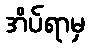
အိပ်ရာမှ